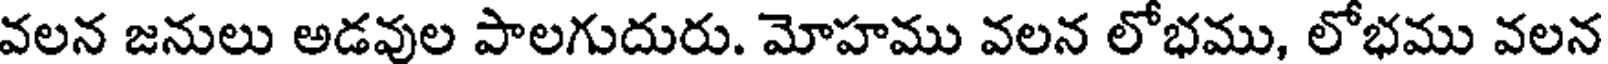
వలన జనులు అడవుల పాలగుదురు. మోహము వలన లోభము, లోభము వలన